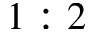
1 : 2